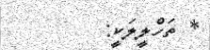
* ތަހްލީލަކީ: